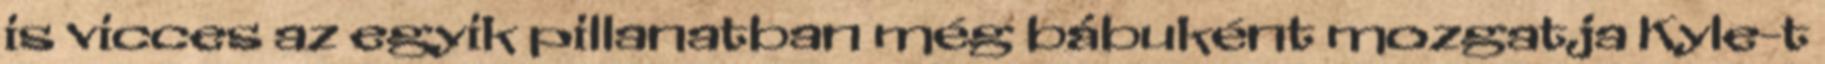
is vicces az egyik pillanatban még bábuként mozgatja Kyle-t